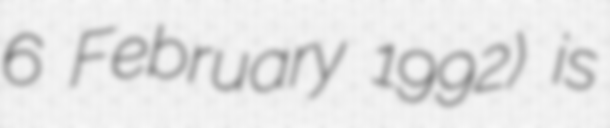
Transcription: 6 February 1992) is